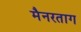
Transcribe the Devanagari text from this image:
मैनरताग